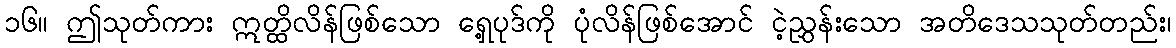
၁၆။ ဤသုတ်ကား ဣတ္ထိလိန်ဖြစ်သော ရှေ့ပုဒ်ကို ပုံလိန်ဖြစ်အောင် ငဲ့ညွှန်းသော အတိဒေသသုတ်တည်း၊